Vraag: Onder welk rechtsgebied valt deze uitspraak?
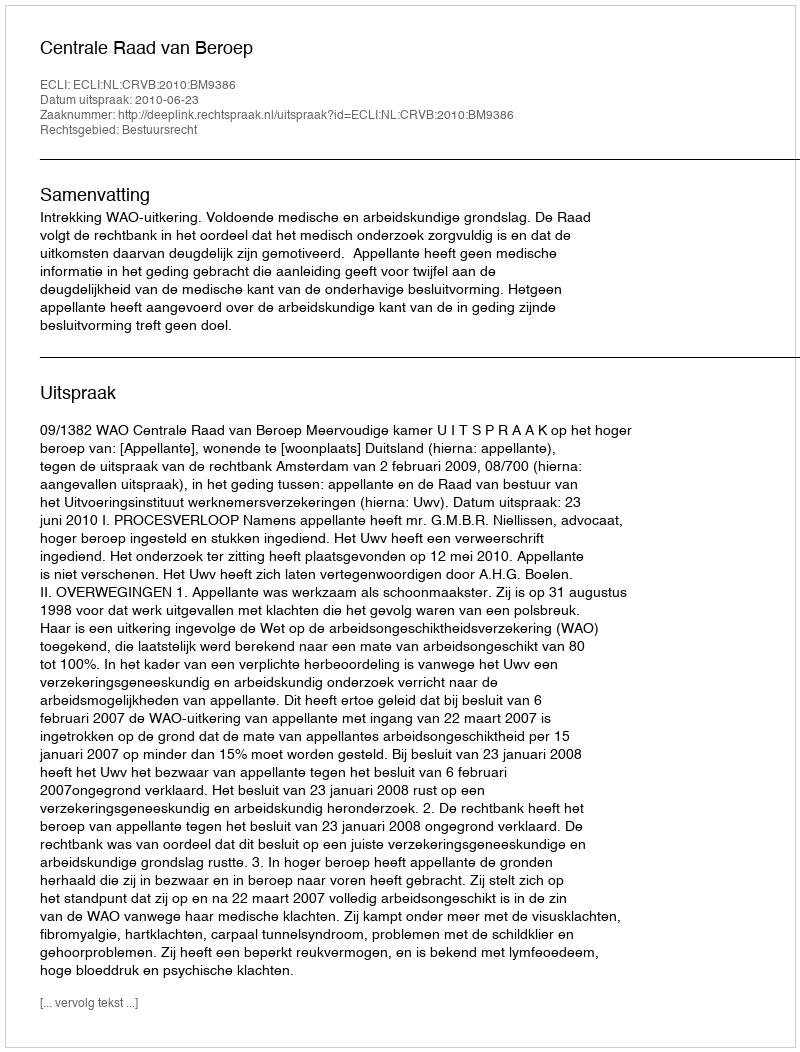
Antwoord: Bestuursrecht